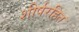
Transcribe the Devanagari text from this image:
शीर्षरहित